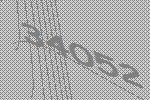
34052